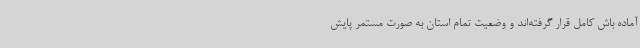
آماده باش کامل قرار گرفته‌اند و وضعیت تمام استان به صورت مستمر پایش